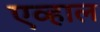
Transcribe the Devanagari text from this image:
एव्हाल